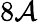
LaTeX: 8\mathcal{A}